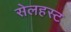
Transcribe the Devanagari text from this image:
सेलहस्ट